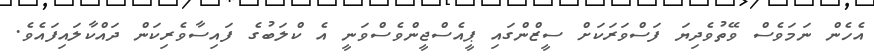
އެހެން ނަމަވެސް ވޭތުވެދިޔަ ފަސްވަރަކަށް ސީޒްންގައި ޕީއެސްޖީންވެސްވަނީ އެ ކްލަބުގެ ފައިސާވެރިކަން ދައްކާލައިފައެވެ.